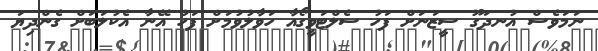
ނަމަވެސް އުނދަގޫ ސީޒަނަށް ފަހު ސެލްޓަވީގޯއާ ހަވާލުވުމަށް ފަހު އޭނާ އެކުލަބަށް ގެންދިޔަ